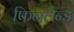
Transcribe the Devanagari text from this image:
फिनलैन्ड